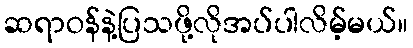
ဆရာဝန်နဲ့ပြသဖို့လိုအပ်ပါလိမ့်မယ်။